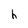
Character: h